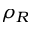
\rho _ { R }